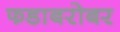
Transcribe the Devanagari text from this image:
फडाबरोबर